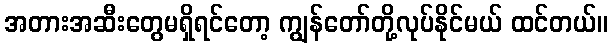
အတားအဆီးတွေမရှိရင်တော့ ကျွန်တော်တို့လုပ်နိုင်မယ် ထင်တယ်။